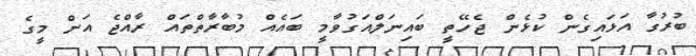
ބުރުގާ އަޅައިގެން ކުޅެން ޖެހޭތީ ބައިނަލްއަގުވާމީ ބައެއް މުބާރާތްތައް ރާއްޖެ އަށް މީގެ